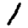
Digit: 1